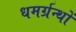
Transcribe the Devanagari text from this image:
धमर्ग्रन्थों